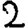
Digit: 2